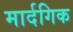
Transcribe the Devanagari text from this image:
मार्दगिक